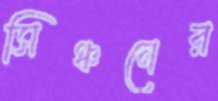
সিঞ্চনের